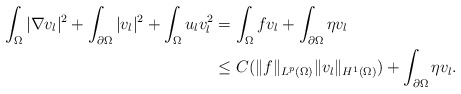
\begin{align*}\begin{aligned}\int_{\Omega}|\nabla v_{l}|^{2}+\int_{\partial\Omega}|v_{l}|^{2}+\int_{\Omega}u_{l}v_{l}^{2}&=\int_{\Omega}fv_{l}+\int_{\partial\Omega}\eta v_{l}\\&\le C(\|f\|_{L^{p}(\Omega)}\|v_{l}\|_{H^{1}(\Omega)})+\int_{\partial\Omega}\eta v_{l}.\end{aligned}\end{align*}